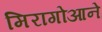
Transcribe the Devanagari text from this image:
मिरागोआने